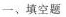
一、填空题